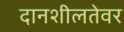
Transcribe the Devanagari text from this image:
दानशीलतेवर